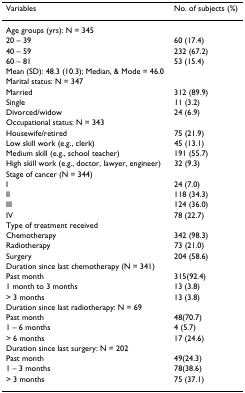
<table><thead><tr><td><b>Variables</b></td><td><b>No. of subjects (%)</b></td></tr></thead><tbody><tr><td>Age groups (yrs): N = 345</td><td></td></tr><tr><td>20 – 39</td><td>60 (17.4)</td></tr><tr><td>40 – 59</td><td>232 (67.2)</td></tr><tr><td>60 – 81</td><td>53 (15.4)</td></tr><tr><td>Mean (SD): 48.3 (10.3); Median, &amp; Mode = 46.0</td><td></td></tr><tr><td>Marital status: N = 347</td><td></td></tr><tr><td>Married</td><td>312 (89.9)</td></tr><tr><td>Single</td><td>11 (3.2)</td></tr><tr><td>Divorced/widow</td><td>24 (6.9)</td></tr><tr><td>Occupational status: N = 343</td><td></td></tr><tr><td>Housewife/retired</td><td>75 (21.9)</td></tr><tr><td>Low skill work (e.g., clerk)</td><td>45 (13.1)</td></tr><tr><td>Medium skill (e.g., school teacher)</td><td>191 (55.7)</td></tr><tr><td>High skill work (e.g., doctor, lawyer, engineer)</td><td>32 (9.3)</td></tr><tr><td>Stage of cancer (N = 344)</td><td></td></tr><tr><td>I</td><td>24 (7.0)</td></tr><tr><td>II</td><td>118 (34.3)</td></tr><tr><td>III</td><td>124 (36.0)</td></tr><tr><td>IV</td><td>78 (22.7)</td></tr><tr><td>Type of treatment received</td><td></td></tr><tr><td>Chemotherapy</td><td>342 (98.3)</td></tr><tr><td>Radiotherapy</td><td>73 (21.0)</td></tr><tr><td>Surgery</td><td>204 (58.6)</td></tr><tr><td>Duration since last chemotherapy (N = 341)</td><td></td></tr><tr><td>Past month</td><td>315(92.4)</td></tr><tr><td>1 month to 3 months</td><td>13 (3.8)</td></tr><tr><td>&gt; 3 months</td><td>13 (3.8)</td></tr><tr><td>Duration since last radiotherapy: N = 69</td><td></td></tr><tr><td>Past month</td><td>48(70.7)</td></tr><tr><td>1 – 6 months</td><td>4 (5.7)</td></tr><tr><td>&gt; 6 months</td><td>17 (24.6)</td></tr><tr><td>Duration since last surgery: N = 202</td><td></td></tr><tr><td>Past month</td><td>49(24.3)</td></tr><tr><td>1 – 3 months</td><td>78(38.6)</td></tr><tr><td>&gt; 3 months</td><td>75 (37.1)</td></tr></tbody></table>